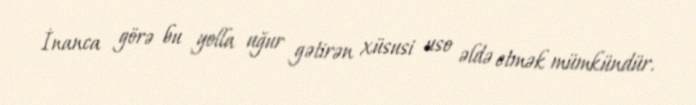
İnanca görə bu yolla uğur gətirən xüsusi uso əldə etmək mümkündür.